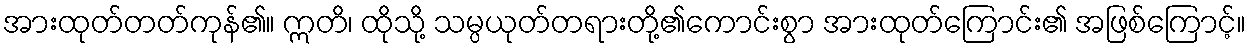
အားထုတ်တတ်ကုန်၏။ ဣတိ၊ ထိုသို့ သမ္ပယုတ်တရားတို့၏ကောင်းစွာ အားထုတ်ကြောင်း၏ အဖြစ်ကြောင့်။